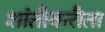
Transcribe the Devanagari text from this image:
शांतीकरीता